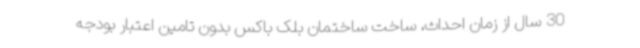
30 سال از زمان احداث، ساخت ساختمان بلک باکس بدون تامین اعتبار بودجه